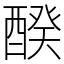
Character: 䤆